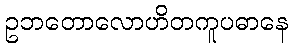
ဥဘတောလောဟိတကူပဓာနေ